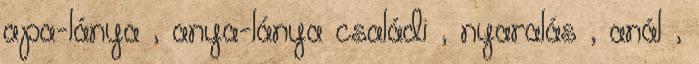
apa-lánya , anya-lánya családi , nyaralás , anál ,